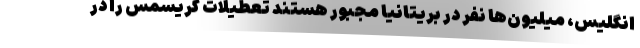
انگلیس، میلیون‌ها نفر در بریتانیا مجبور هستند تعطیلات کریسمس را در